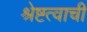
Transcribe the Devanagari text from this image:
श्रेष्टत्वाची